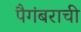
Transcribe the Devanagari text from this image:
पैगंबराची